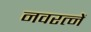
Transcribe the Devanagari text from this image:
नवरत्नें